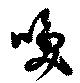
喚